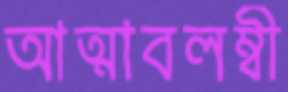
আত্মাবলম্বী